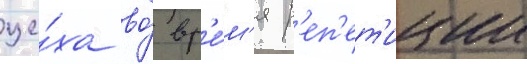
це́ха во́ вр'е́м'я р'еп'ет'иции